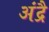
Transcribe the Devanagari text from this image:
अंद्रै